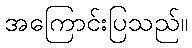
အကြောင်းပြသည်။